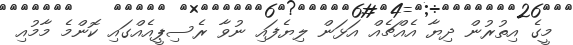
މީގެ އިތުރުން ދިޔާ އެއްޗެއް އަޅަން ލިޔެފައި ނުވާ ރެސިޕީއެއްގައި ކޮންމެ މާމުއި